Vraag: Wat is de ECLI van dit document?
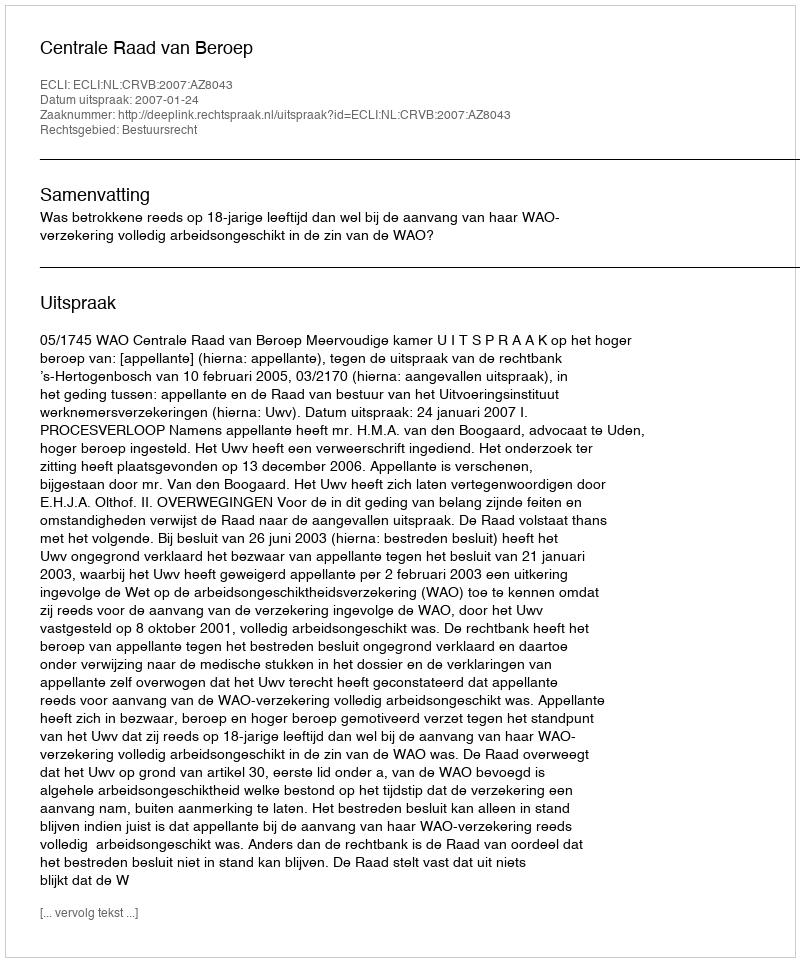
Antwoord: ECLI:NL:CRVB:2007:AZ8043